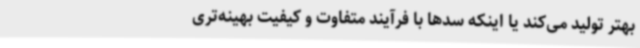
بهتر تولید می‌کند یا اینکه سدها با فرآیند متفاوت و کیفیت بهینه‌تری